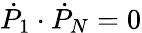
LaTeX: {\dot{P}}_{1}\cdot{\dot{P}}_{N}=0